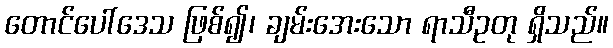
တောင်ပေါ်ဒေသ ဖြစ်၍၊ ချမ်းအေးသော ရာသီဥတု ရှိသည်။